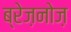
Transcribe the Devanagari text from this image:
ब्रेज़नोज़